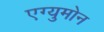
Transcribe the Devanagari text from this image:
एग्युमोन